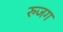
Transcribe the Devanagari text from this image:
रुजग